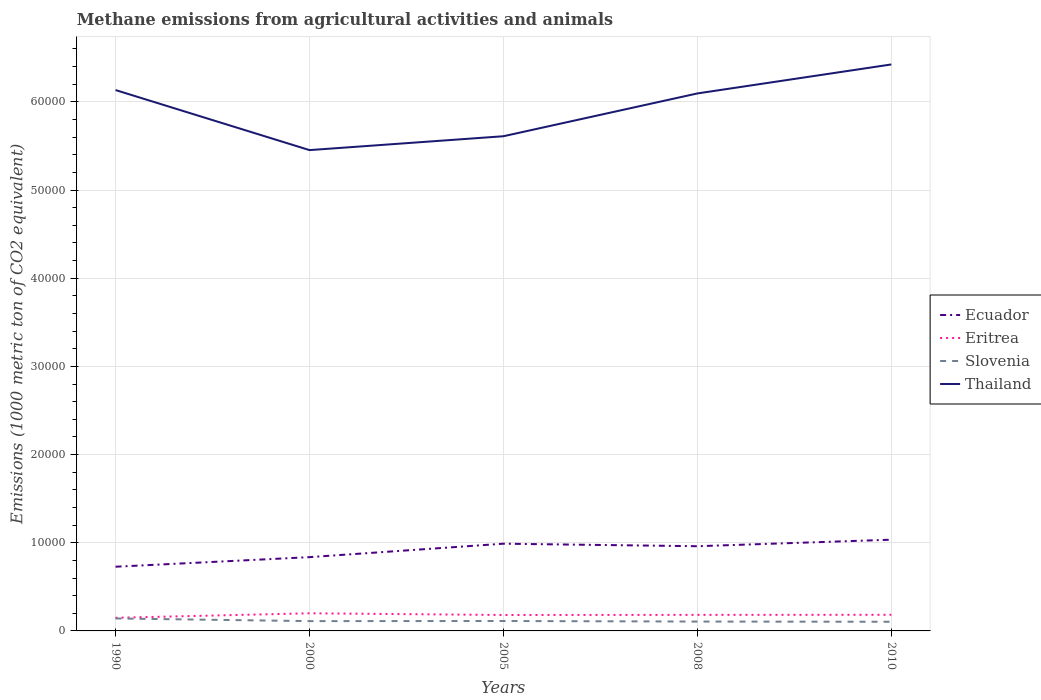
| Years | Ecuador | Eritrea | Slovenia | Thailand |
 | --- | --- | --- | --- | --- |
 | 1990 | 7.28e+03 | 1.49e+03 | 1.41e+03 | 6.13e+04 |
 | 2000 | 8.37e+03 | 2e+03 | 1.11e+03 | 5.45e+04 |
 | 2005 | 9.89e+03 | 1.81e+03 | 1.12e+03 | 5.61e+04 |
 | 2008 | 9.6e+03 | 1.82e+03 | 1.06e+03 | 6.1e+04 |
 | 2010 | 1.03e+04 | 1.83e+03 | 1.04e+03 | 6.42e+04 |